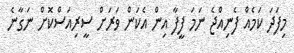
މިފަދަ ކަމެއް ފެނިއްޖެ ނަމަ ފީފާ އިން އެކަން ވަރަށް ސީރިއަސްކޮށް ނަގާނެ